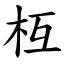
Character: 枑